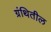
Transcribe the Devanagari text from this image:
ग्रंथितील